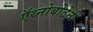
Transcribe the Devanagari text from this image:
ऍथ्नोबोटेनी